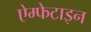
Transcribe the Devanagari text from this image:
ऐम्फेटाइन